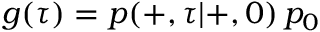
g ( \tau ) = p ( + , \tau | + , 0 ) \, p _ { 0 }